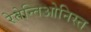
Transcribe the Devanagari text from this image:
रेतेन्तिओनिस्त